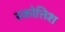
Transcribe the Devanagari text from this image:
स्कोत्तिश